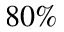
8 0 \%